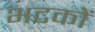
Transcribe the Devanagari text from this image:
भटकों